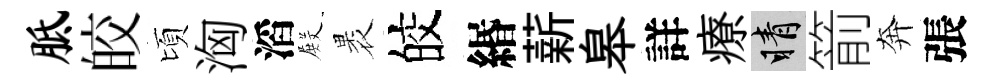
胝皎頃洶滔𭮺褁皎緡薪皋詳療睛箭奔張